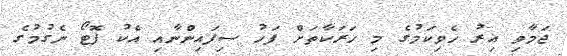
ޖަމާވި އިރު ހެވިކަމުގެ މި ހަރަކާތަށް ފަހު ސިފައިންނާއި އެކު ފޮޓޯ ނެގުމުގެ